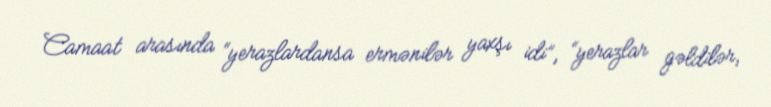
Camaat arasında “yerazlardansa ermənilər yaxşı idi”, “yerazlar gəldilər,